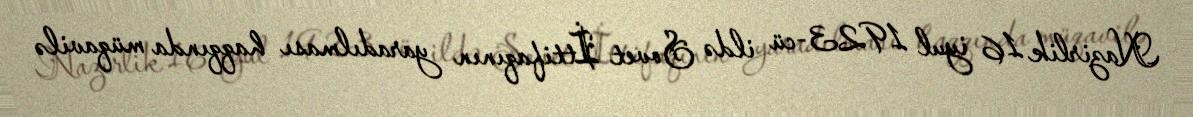
Nazirlik 16 iyul 1923-cü ildə Sovet İttifaqının yaradılması haqqında müqavilə